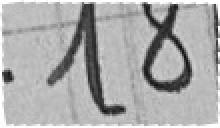
181